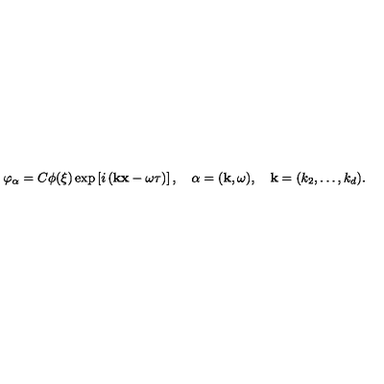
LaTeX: \varphi _ { \alpha } = C \phi ( \xi ) \exp \left[ i \left( { \bf k x } - \omega \tau \right) \right] , \quad \alpha = ( { \bf k } , \omega ) , \quad { \mathbf { k } } = ( k _ { 2 } , \ldots , k _ { d } ) .